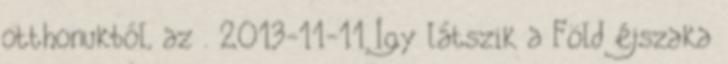
otthonukból, az . 2013-11-11 Így látszik a Föld éjszaka